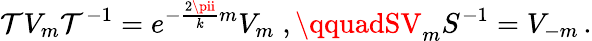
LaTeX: \mathcal{T}V_{m}\mathcal{T}^{-1}=e^{-\frac{{2\pii}}{{k}}m}V_{m}\; ,\qquadSV_{m}S^{-1}=V_{-m}\, .